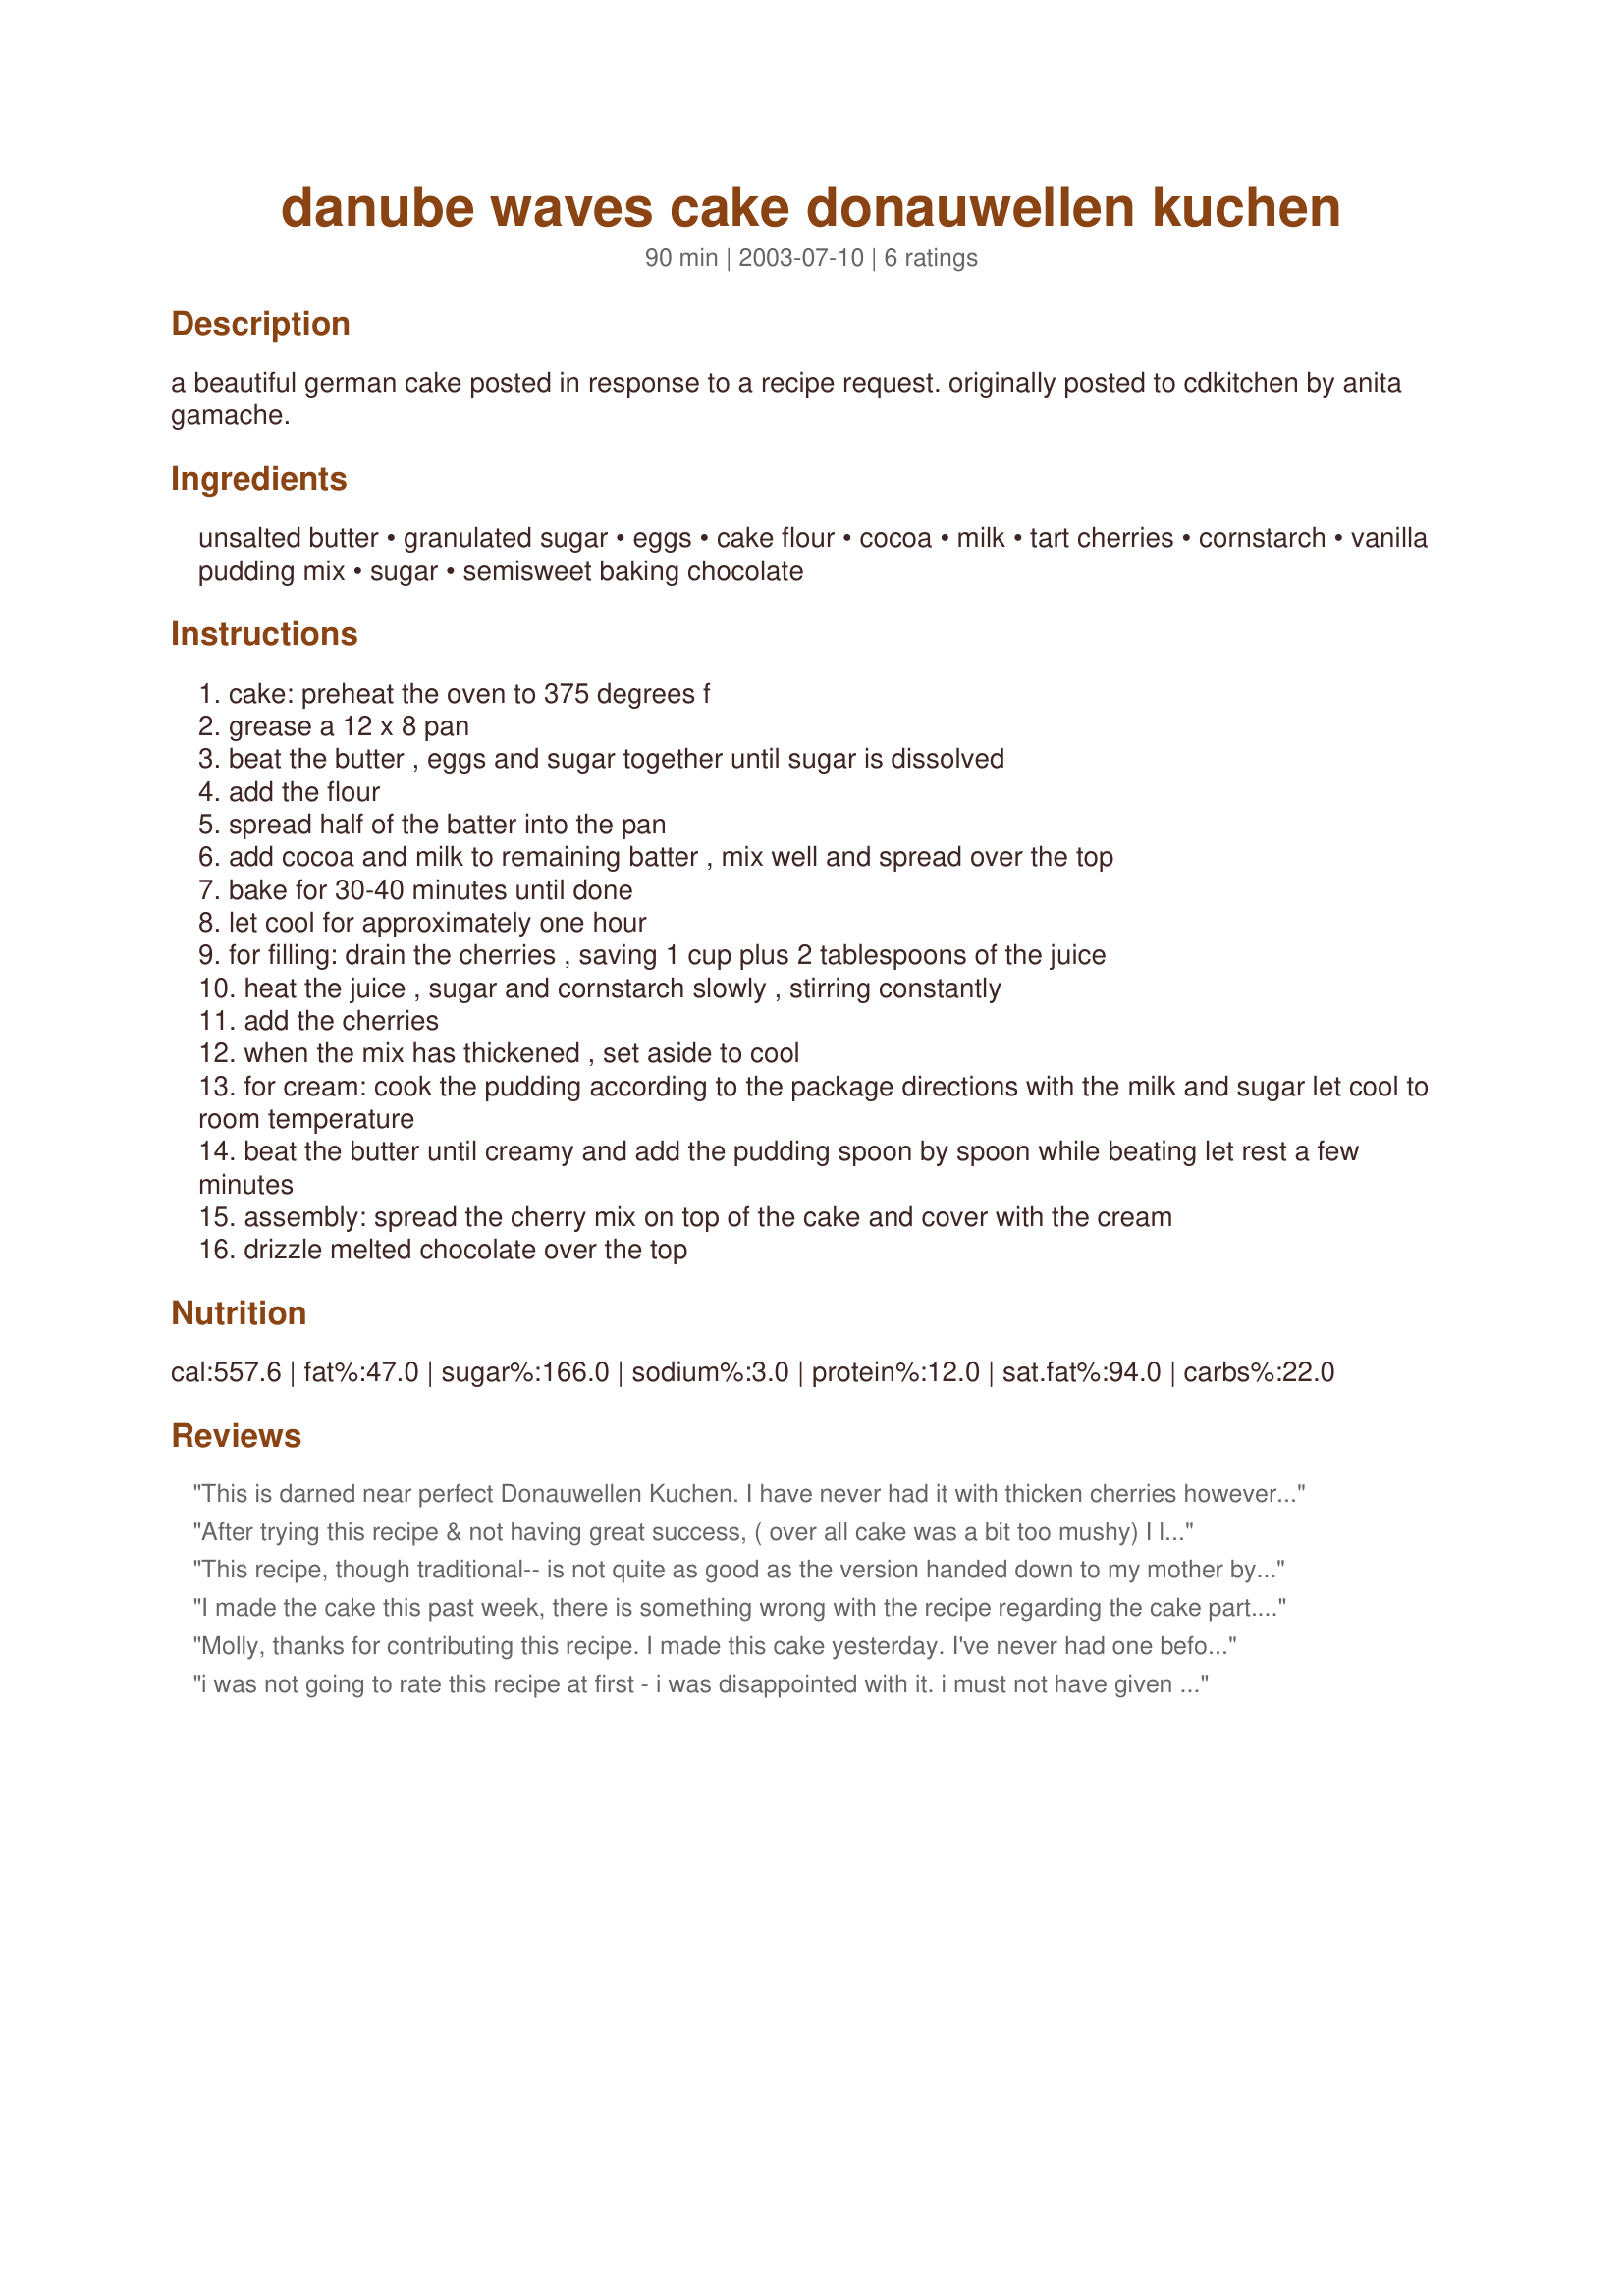
danube waves cake donauwellen kuchen
Preparation time: 90 minutes

a beautiful german cake posted in response to a recipe request. originally posted to cdkitchen by anita gamache.

Ingredients:
unsalted butter, granulated sugar, eggs, cake flour, cocoa, milk, tart cherries, cornstarch, vanilla pudding mix, sugar, semisweet baking chocolate

Steps:
cake: preheat the oven to 375 degrees f
grease a 12 x 8 pan
beat the butter , eggs and sugar together until sugar is dissolved
add the flour
spread half of the batter into the pan
add cocoa and milk to remaining batter , mix well and spread over the top
bake for 30-40 minutes until done
let cool for approximately one hour
for filling: drain the cherries , saving 1 cup plus 2 tablespoons of the juice
heat the juice , sugar and cornstarch slowly , stirring constantly
add the cherries
when the mix has thickened , set aside to cool
for cream: cook the pudding according to the package directions with the milk and sugar let cool to room temperature
beat the butter until creamy and add the pudding spoon by spoon while beating let rest a few minutes
assembly: spread the cherry mix on top of the cake and cover with the cream
drizzle melted chocolate over the top

Reviews:
This is darned near perfect Donauwellen Kuchen. I have never had it with thicken cherries however and it just didn't sound right, so I just placed the well drained cherries on top of the batter and slightly pushed them in. The cake is the perfect texture, nice and light and not overly sweet. It also makes the most perfect "waves" when baked. The filling is PERFECT!!! The topping was even the traditional topping. I find this topping VERY difficult when cutting the cake to serve (I get MUCH agreement on this from my German friends). I think perhaps I will try using a thick chocolate glaze next time. I have eaten this MANY times before, but this was my first attempt at preparing it and it will NOT be my last. Thank you SO much for posting this recipe, it is a gem.
After trying this recipe & not having great success, ( over all cake was a bit too mushy) I learned after asking my German neighbour, there is no filling in donauwellen, the drained cherries are placed on top of the batter in the pan before baking. I believe with this adjustment, my next attempt at donauwellen, will be more successful.
This recipe, though traditional-- is not quite as good as the version handed down to my mother by a bavarian farmer&#039;s wife.&lt;br/&gt;&lt;br/&gt;To simplify the recipe-- you can use commercial devil&#039;s food cake mix, as well as white cake mix (that uses eggs). The commercial mixes will give you a moister cake texture, that generally appeals better to the American palette.&lt;br/&gt;&lt;br/&gt;Meanwhile for the frosting... if you can find it... the old trick mom uses is she makes a Dr. Oekter ORGANIC vanilla pudding mix-- these are available in specialty German stores and online (don&#039;t use the jello-based pudding mix-- and don&#039;t use the Oetker mousse mixes either). She then mixes a stick of butter into the pudding when its still warm. The frosting only sets in the fridge with the cold temperature. Cake tastes better 2-3 days sitting in the fridge-- somehow the cherry flavor seems to permeate it more.
I made the cake this past week, there is something wrong with the recipe regarding the cake part. There is no baking soda or baking powder used so its a very dense unrisen cake. Normally after speaking with a German relative this cake should have some kind of baking powder to make a lighter cake. The buttercream part was great. I would tweak this recipe slightly, use drain sour cherries pushed down in the batter, make a lighter marble cake, and add some whipped cream to the butter cream to give it more volume. Traditionally the whole cake is covered with a chocolate glaze that have waves put on top with the tines of a fork, I did that but it was very hard to cut the cake. Next time I will drizzle a mixture of semi sweet chocolate, sweet German chocolate and a teaspoon of coconut oil to make a chocolate glaze that I will drizzle on in a wave pattern.
Molly, thanks for contributing this recipe. I made this cake yesterday. I've never had one before, so I didn't know quite what to expect. I have seen pictures and other recipes on the web, and this recipe was so similar to many German recipes that I read translated to English online. 

I've been told by European guests, that it is in the European preferrence of richness and sweetness. That said, I feel better! First, I thought it was not soft enough. there is no liquid other than eggs, sugar and butter, so it has a firm tight and somewhat dry texture like an old fashioned pound cake recipe, but it's not as sweet. This cake not very sweet, so those that are looking for a less sweet dessert, this is your recipe! The buttercream was outstanding, very rich and smooth and I'm excited to play around with that for other desserts. All in all, I'd make this cake again..it is absolutely stunning when sliced. The chocolate layer waves beautifully between the vanilla cake layer and the buttercream as it is supposed to do. I will tweak the recipe some to moisten and soften it a bit for my taste though.
i was not going to rate this recipe at first - i was disappointed with it. i must not have given the cherries and pudding enough time to set, and everything was all sloppy and floppy when i served it (I have never had this cake before so did not know what it should look like). after a lukewarm response from my family, i put it into the fridge thinking if someone has hungry enough, they would try it again. the next day, the cake looked and tasted great! i also love that i can/should make this cake ahead of time - that i do not have to make it just prior to serving. beautiful recipe. and thanks for introducing me to a piece of german food culture!
